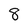
Character: 8